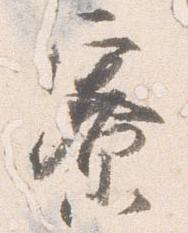
寮